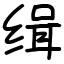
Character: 缉